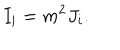
I _ { i } = m ^ { 2 } J _ { i } .